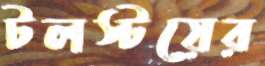
টলস্টয়ের